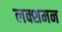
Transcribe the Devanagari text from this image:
लक्शमन